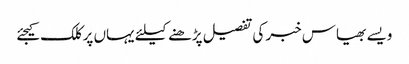
ویسے بھیاس خبر کی تفصیل پڑھنے کیلئے یہاں پر کلک کیجئے